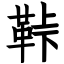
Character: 鞐